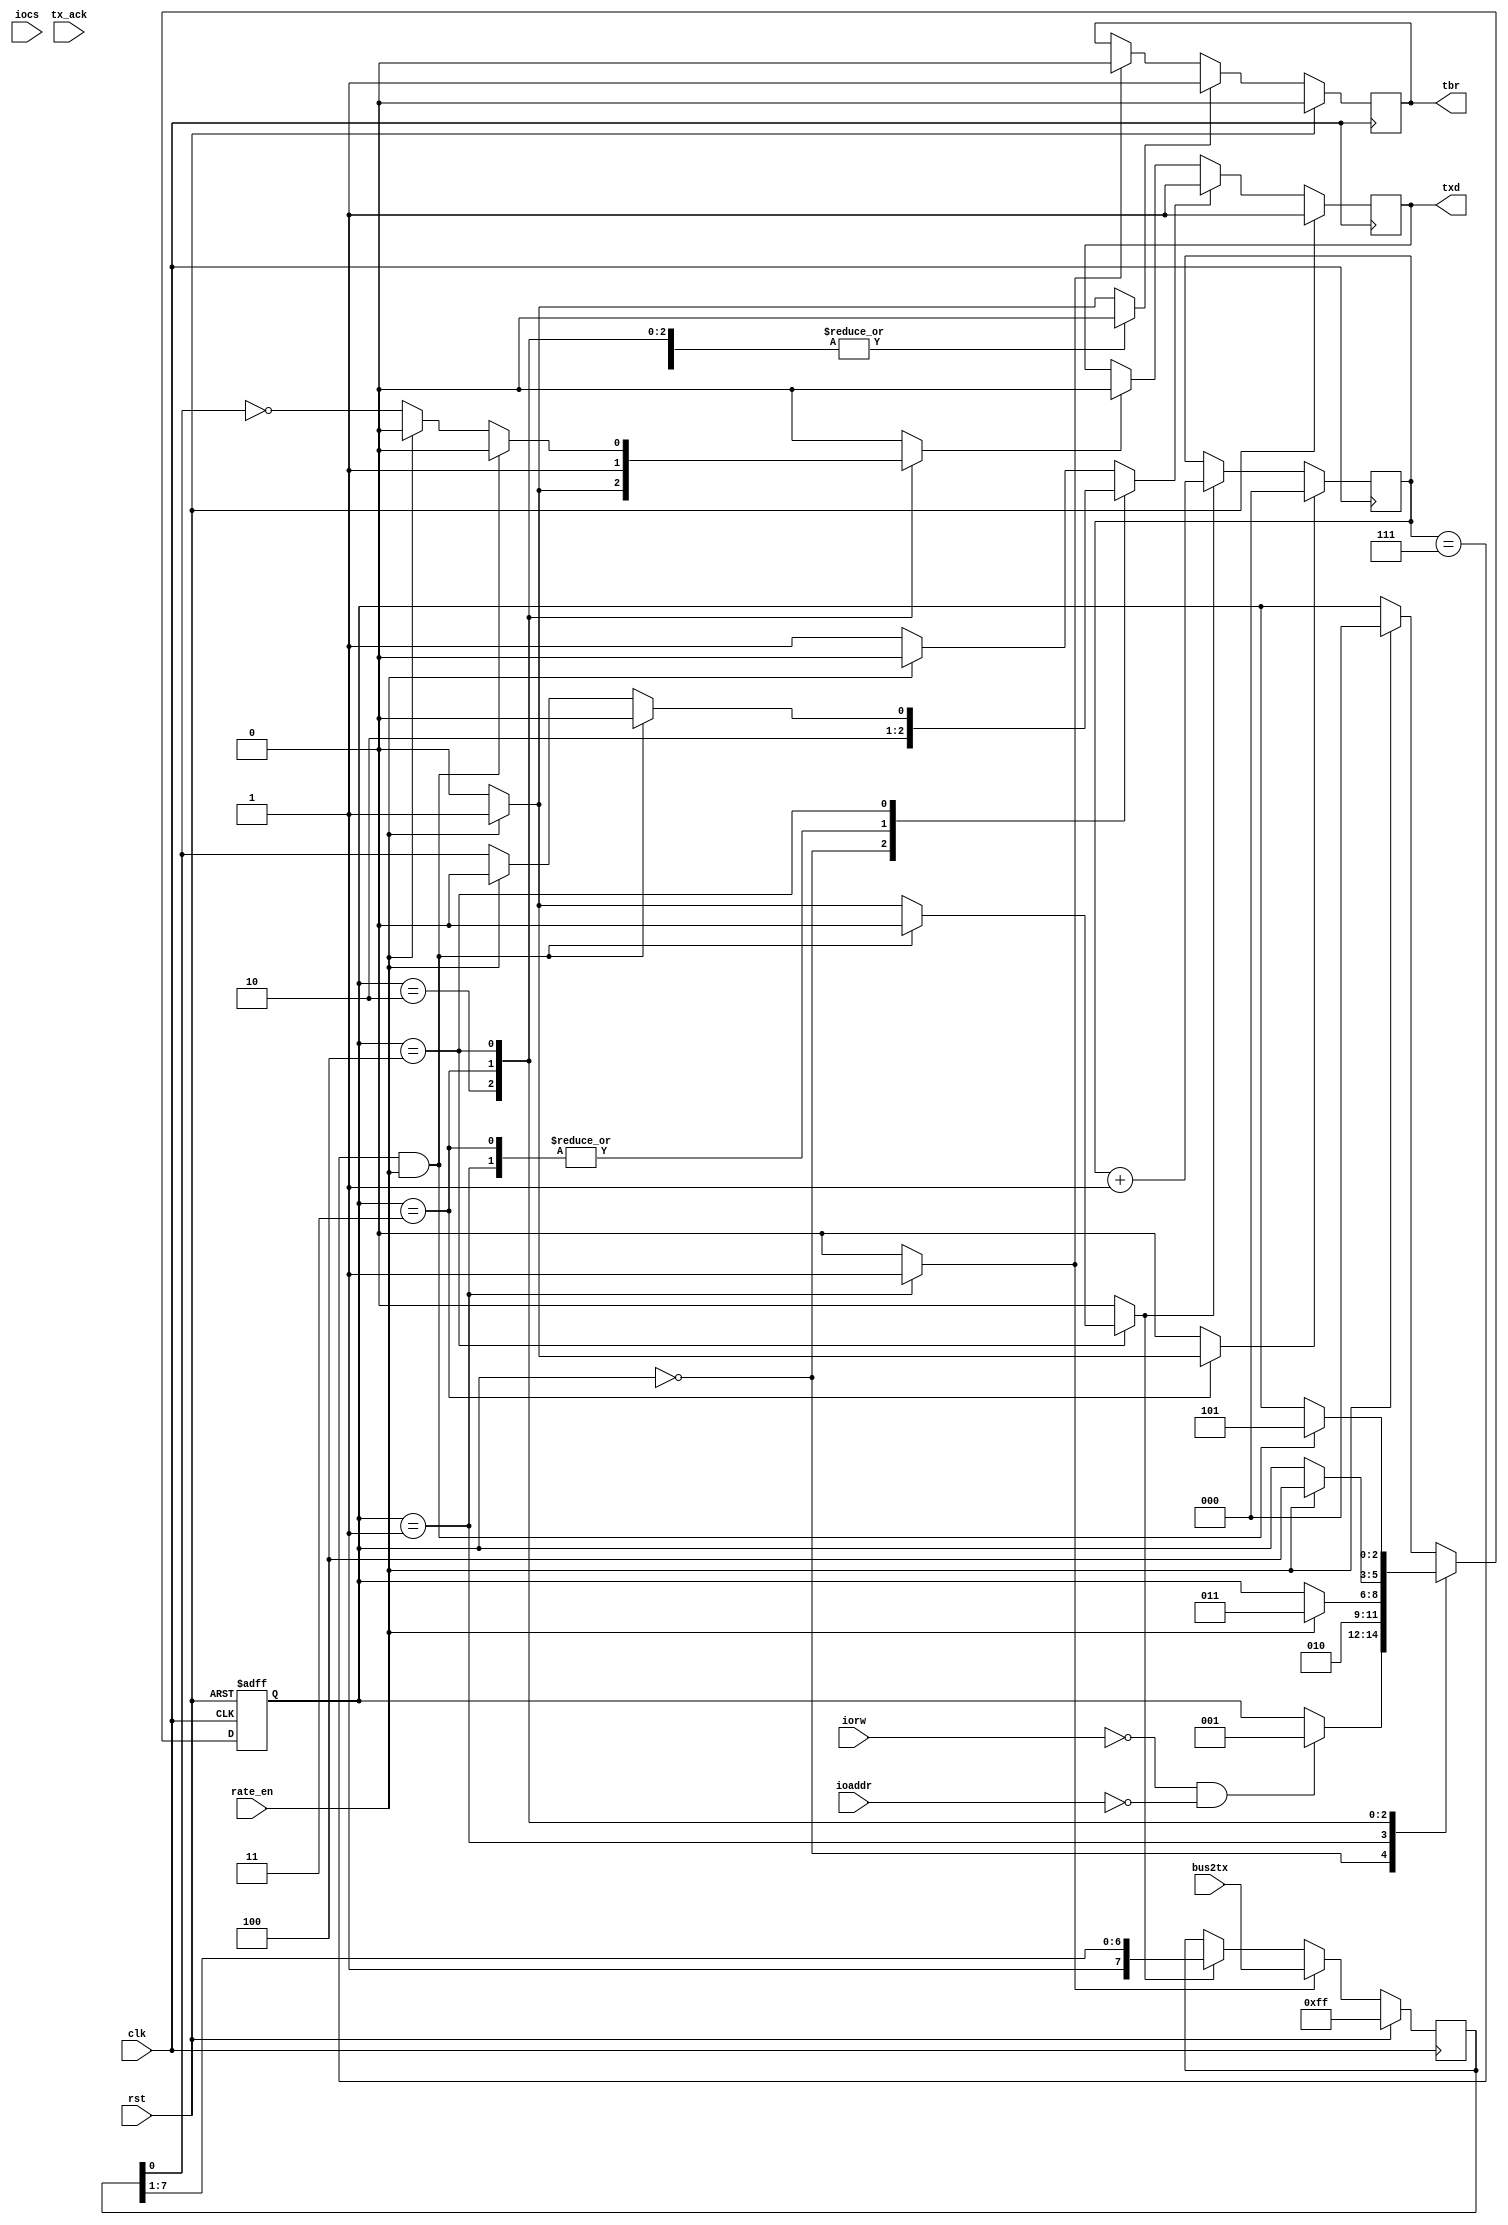
module tx (
	input clk,
	input rst,
	input iocs,
	input iorw,
	input [1:0] ioaddr,
	input rate_en,
	input [7:0] tx_ack,
	input [7:0] bus2tx,

	output reg txd,
	//output reg tbr
	output reg tbr
);

	parameter IO_XFER=2'b00, REG_RD=2'b01, LD_DIV_LO=2'b10, LD_DIV_HI=2'b11;
	parameter WAIT=3'b000, LD_TX=3'b001, START_H=3'b010, START_L=3'b011, DATA=3'b100, STOP=3'b101;
	reg [2:0] state;
	reg [2:0] nxt_state;


	reg [7:0] tx_reg;		//data to transmit
	reg [2:0] bit_cnt;		//count the bits
	
    //SM output

	reg shift; 				//if need to shift data
	reg clr_bit_cnt;		//clear bit counter
	reg inc_bit_cnt;		//inc bit counter
	reg set_TX,clr_TX;		//set transmit bit to 1 or clear it
	reg set_done;			//if set, we are done
	reg trmt;				//transmit initialization

	//state register
	always @ (posedge clk or posedge rst) begin
		if(rst)
			state = WAIT;
		else
			state = nxt_state;
	end

	//TX shift register
	always @ (posedge clk)
	  if (rst)
	    tx_reg <= 8'hFF;
	  else if (trmt)
	    tx_reg <= bus2tx; 
	  else if (shift)
	    tx_reg <= {1'b1,tx_reg[7:1]};
		
	//bit counter 
	always @ (posedge clk)
	  if (clr_bit_cnt)
	    bit_cnt <= 3'b000;
	  else if (inc_bit_cnt)
	    bit_cnt <= bit_cnt + 3'b001;

	//Output flop //
	always @ (posedge clk)
	  if (rst)
	    txd <= 1'b1;
	  else if (set_TX)
	    txd <= 1'b1;
	  else if (clr_TX)
	    txd <= 1'b0;

	//Done flop 
	always @ (posedge clk)
	  if (rst)
	    tbr <= 1'b0;
	  else if (set_done)
	    tbr <= 1'b1;
	  else if (trmt)
	    tbr <= 1'b0;


	//TX SM
	always@(*) begin
		//Set defaults
		trmt = 1'b0;
		shift = 1'b0;
		clr_bit_cnt = 1'b0;
		inc_bit_cnt = 1'b0;
		set_TX = 1'b0;
		clr_TX = 1'b0;
		set_done = 1'b0;
		//tbr = 1'b0;
		nxt_state = state;
		
		case (state)
		  WAIT: begin
			//wait at high
			set_TX = 1'b1;
		    if ((!iorw) & (ioaddr == IO_XFER)) begin
			  nxt_state = LD_TX;
		    end
		  end
		  LD_TX : begin
			trmt = 1'b1;
			nxt_state = START_H;
		  end
		  START_H : begin //Start waiting for one period trmt
		    if (rate_en) begin
			  clr_TX = 1'b1;
			  nxt_state = START_L;
			/*end else if(!trmt) begin
				nxt_state = IDLE;*/
			end else
				set_TX = 1'b1;
		  end
		  START_L : begin //Start bit
		    if (rate_en) begin
			  clr_TX = 1'b1;
			  clr_bit_cnt = 1'b1;
			  nxt_state = DATA;
			end else begin
			  clr_TX = 1'b1;
			end
		  end
		  DATA : begin //same as data, transmitting data bit by bit
		    if (bit_cnt == 3'b111 && rate_en) begin //if done
				nxt_state = STOP;
			end else if (rate_en) begin
				inc_bit_cnt = 1'b1;
				shift = 1'b1;
			end	else begin
				set_TX = tx_reg[0];
				clr_TX = ~tx_reg[0];
			 end
		  end
		  default : begin //same as stop
		  	  if (rate_en) begin
				clr_TX = 1'b0; //we are done
				set_done = 1'b1;
				nxt_state = WAIT;
				//tbr = 1'b1;
			  end else begin
				set_TX = 1'b1;
                //nxt_state = WAIT;  
			  end
		  end
		endcase
	end		

endmodule